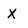
Character: X